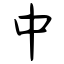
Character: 中